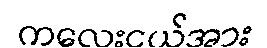
ကလေးငယ်အား